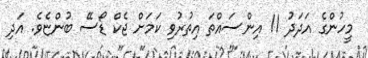
މީހުންގެ އަަދަދު 11 އިންސައްތަ އިތުރުވި ކަމަށް ޖެކް ޑޯސޭ ބުންޏެވެ. އަދި